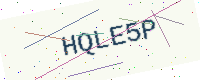
Text: HQLE5P